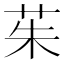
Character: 茱